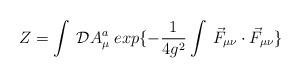
LaTeX: \begin{align*}Z=\int\:{\cal D} A_{\mu}^{a}\;exp\{-\frac{1}{4g^{2}}\int\:\vec{F}_{\mu\nu}\cdot\vec{F}_{\mu\nu}\}\end{align*}